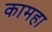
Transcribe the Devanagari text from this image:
कामहा